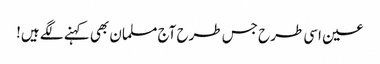
عین اسی طرح جس طرح آج مسلمان بھی کہنے لگے ہیں!